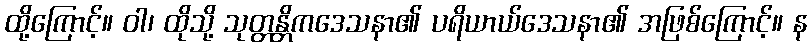
ထို့ကြောင့်။ ဝါ၊ ထိုသို့ သုတ္တန္တိကဒေသနာ၏ ပရိယာယ်ဒေသနာ၏ အဖြစ်ကြောင့်။ န